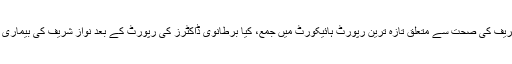
میزبان ابصاء کومل کے پہلے سوال نواز شریف کی صحت سے متعلق تازہ ترین رپورٹ ہائیکورٹ میں جمع، کیا برطانوی ڈاکٹرز کی رپورٹ کے بعد نواز شریف کی بیماری کے حوالے سے خدشات دور ہوجائیں گے؟